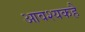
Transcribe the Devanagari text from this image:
आवश्यकहै